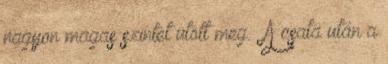
nagyon magas szintet ütött meg.” A csata után a